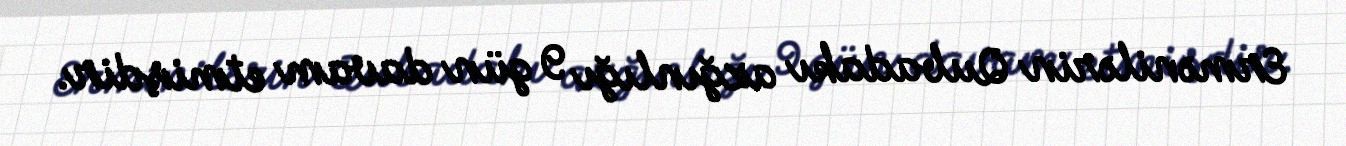
Ermənilərin Qubadakı azğınlığı 9 gün davam etmişdir.